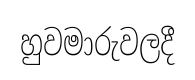
හුවමාරුවලදී